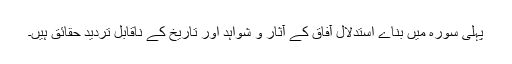
پہلی سورہ میں بناے استدلال آفاق کے آثار و شواہد اور تاریخ کے ناقابل تردید حقائق ہیں۔